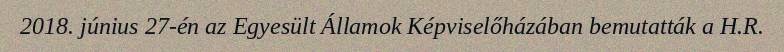
2018. június 27-én az Egyesült Államok Képviselőházában bemutatták a H.R.